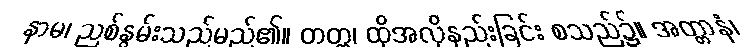
နာမ၊ ညစ်နွမ်းသည်မည်၏။ တတ္ထ၊ ထိုအလိုနည်းခြင်း စသည်၌။ အတ္တာနံ၊